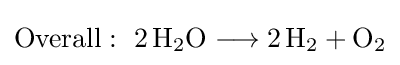
{\mathrm {Overall} :~2\,\mathrm {H} {\vphantom {A}}_{\smash[{t}]{2}}\mathrm {O} {}\mathrel {\longrightarrow } {}2\,\mathrm {H} {\vphantom {A}}_{\smash[{t}]{2}}{}+{}\mathrm {O} {\vphantom {A}}_{\smash[{t}]{2}}}